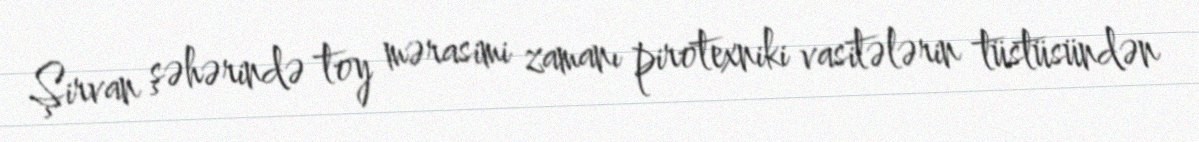
Şirvan şəhərində toy mərasimi zamanı pirotexniki vasitələrin tüstüsündən